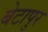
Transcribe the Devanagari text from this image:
बेटापुर